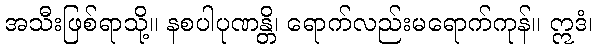
အသီးဖြစ်ရာသို့။ နစပါပုဏန္တိ၊ ရောက်လည်းမရောက်ကုန်။ ဣဒံ၊